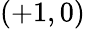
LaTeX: (+1,0)